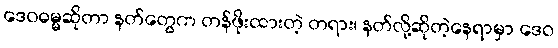
ဒေဝဓမ္မဆိုတာ နတ်တွေက တန်ဖိုးထားတဲ့ တရား၊ နတ်လို့ဆိုတဲ့နေရာမှာ ဒေဝ